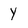
Character: y